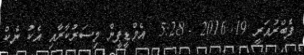
ފެބްރުއަރީ 19